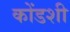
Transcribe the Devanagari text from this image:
कोंडशी